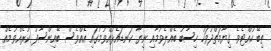
ތިބޭ ހުއްޓެވެ. ޤިޔާމަތްދުވަހު ހިސާބު ބެއްލެވުމާއި ނިޔާ ކަނޑައެޅުއްވުމުގައި އެއްވެސް ބޭއިންސާފު ކުރެއްވުމެއް